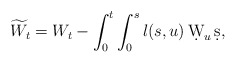
\begin{align*} \widetilde{W}_t= W_t -\int_0^t \int_0^s l(s,u)\, \d W_u\, \d s,\end{align*}